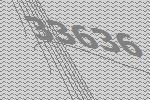
33636